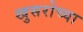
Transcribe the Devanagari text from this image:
खुसरोच्या